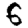
Digit: 6